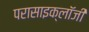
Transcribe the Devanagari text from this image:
परासाइक्लॉजी